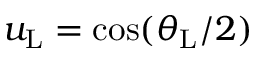
u _ { \mathrm { L } } = \cos ( \theta _ { \mathrm { L } } / 2 )